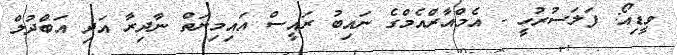
ވީޑިއޯ: ފަލަސުރުހީ - އެމްއާރްއެމްގެ ނައިބު ރައީސް އައިމިނަތް ނާދިރާ އަދި އަބްދުލް